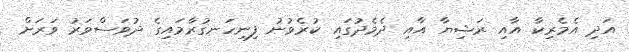
އަދި އެމެރިކާ އާއި ރަޝިޔާ އާއި ދެމެދުގައި ކުރެވުނު ފިނިހަނގުރާމައިގެ ދުވަސްވަރު ވަރަށް